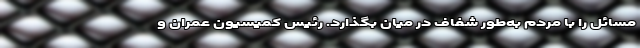
مسائل را با مردم به‌طور شفاف در میان بگذارد. رئیس کمیسیون عمران و